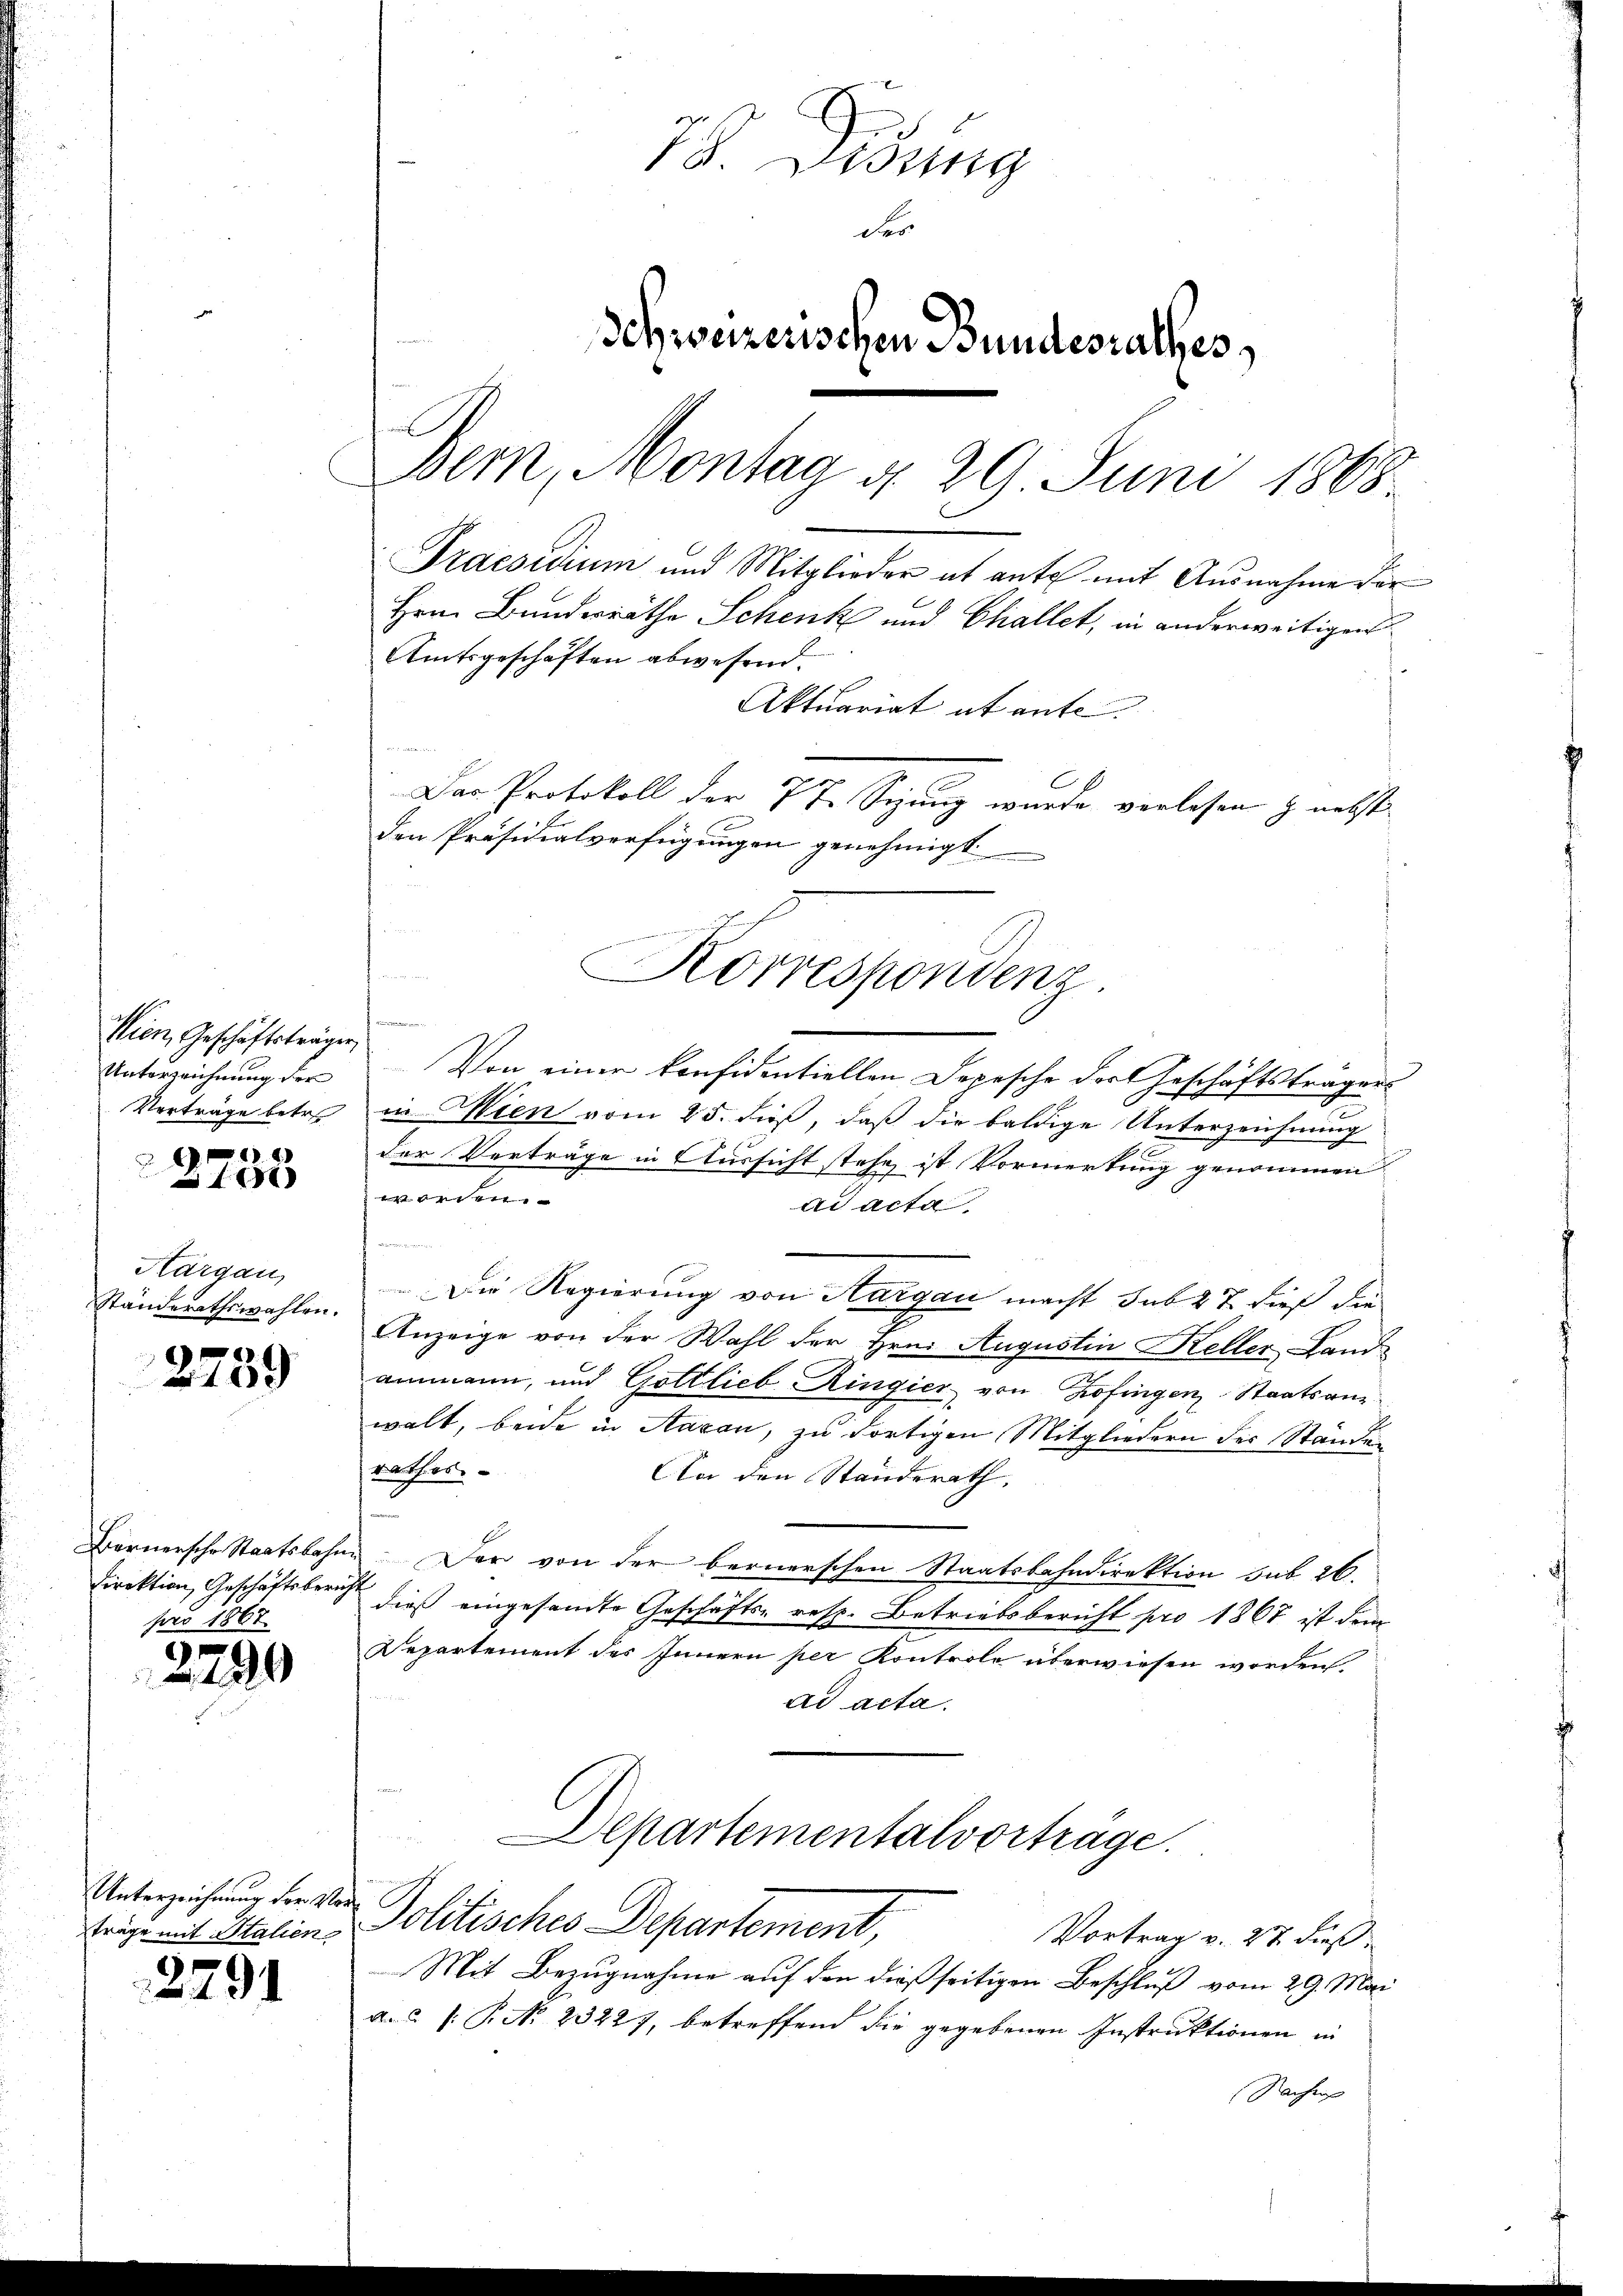
Wien, Geschäftsträger
Unterzeichnung der
Verträge betre
2 x

1000

Kargau,
Ständerathswahlen.

e
1 xx

pau 1867.

2290

träge mit Italien

2791

P. Bisig
der
Schweizerischen Bundesrathes,
Bem, Montag d. 29 Juni 1868.
Praesidium und Mitglieder ab ante mit Ausnahme der
Hrn. Bunderräthe Schenk und Challet, in anderweitigen
Amtsgeschäften abwesend.
Aktuariat ab ante
Das Protokoll der 7 T Sizung wurde verlesen & nebst
den Präsidialverfügungen genehmigt.

Korrespondenz.
n

Von einer konfidentiellen Depesche der Geschäftsträgers
in Wien vom 25. dieß, daß die baldige Unterzeichnung
der Verträge in Aussicht stehe, ist Vormerkung genommen
worden.
ad acta
Die Regierung von Aargau macht sub 27 dieß die
Anzeige von der Wahl der Hrn. Augustin Keller Land
ammann, und Gottlieb Ringier von Zofingen Staatsanwalt, beide in Saxon, zu dortigen Mitgliedern der Stände
rathes
An den Standerath,
Börnersche Staatsbahn. Der von der bernerschen Staatsbahndirektion sub 26.
Direktion, Geschäftsbericht dieß eingesandte Geschäfts- resp. Betriebsbericht pro 1867 ist dem
Departement des Innern per Kontrole überwiesen worden
ad acta.
Departementalvortrage.
Unterzeichnung der von Politisches Departement,
Vortrag v. 27. dieß
Mit Bezugnahme auf den dießseitigen Beschluß vom 29. Mai
a. (: P. No 23227, betreffend die gegebenen Instruktionen in
Nachmi